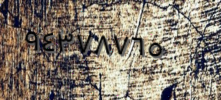
٩٤٣٧٨٧٦٥